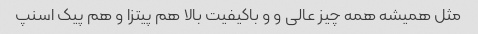
مثل همیشه همه چیز عالی و و باکیفیت بالا هم پیتزا و هم پیک اسنپ